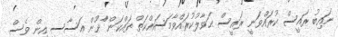
ނައިބު ރައީސް ކުރައްވަނީ ރައީސް ޙަވާލުކުރަަައްވާމަސައްކަތް ތައްކަން ްާނޫން އަސާސީ އިން ވެސް